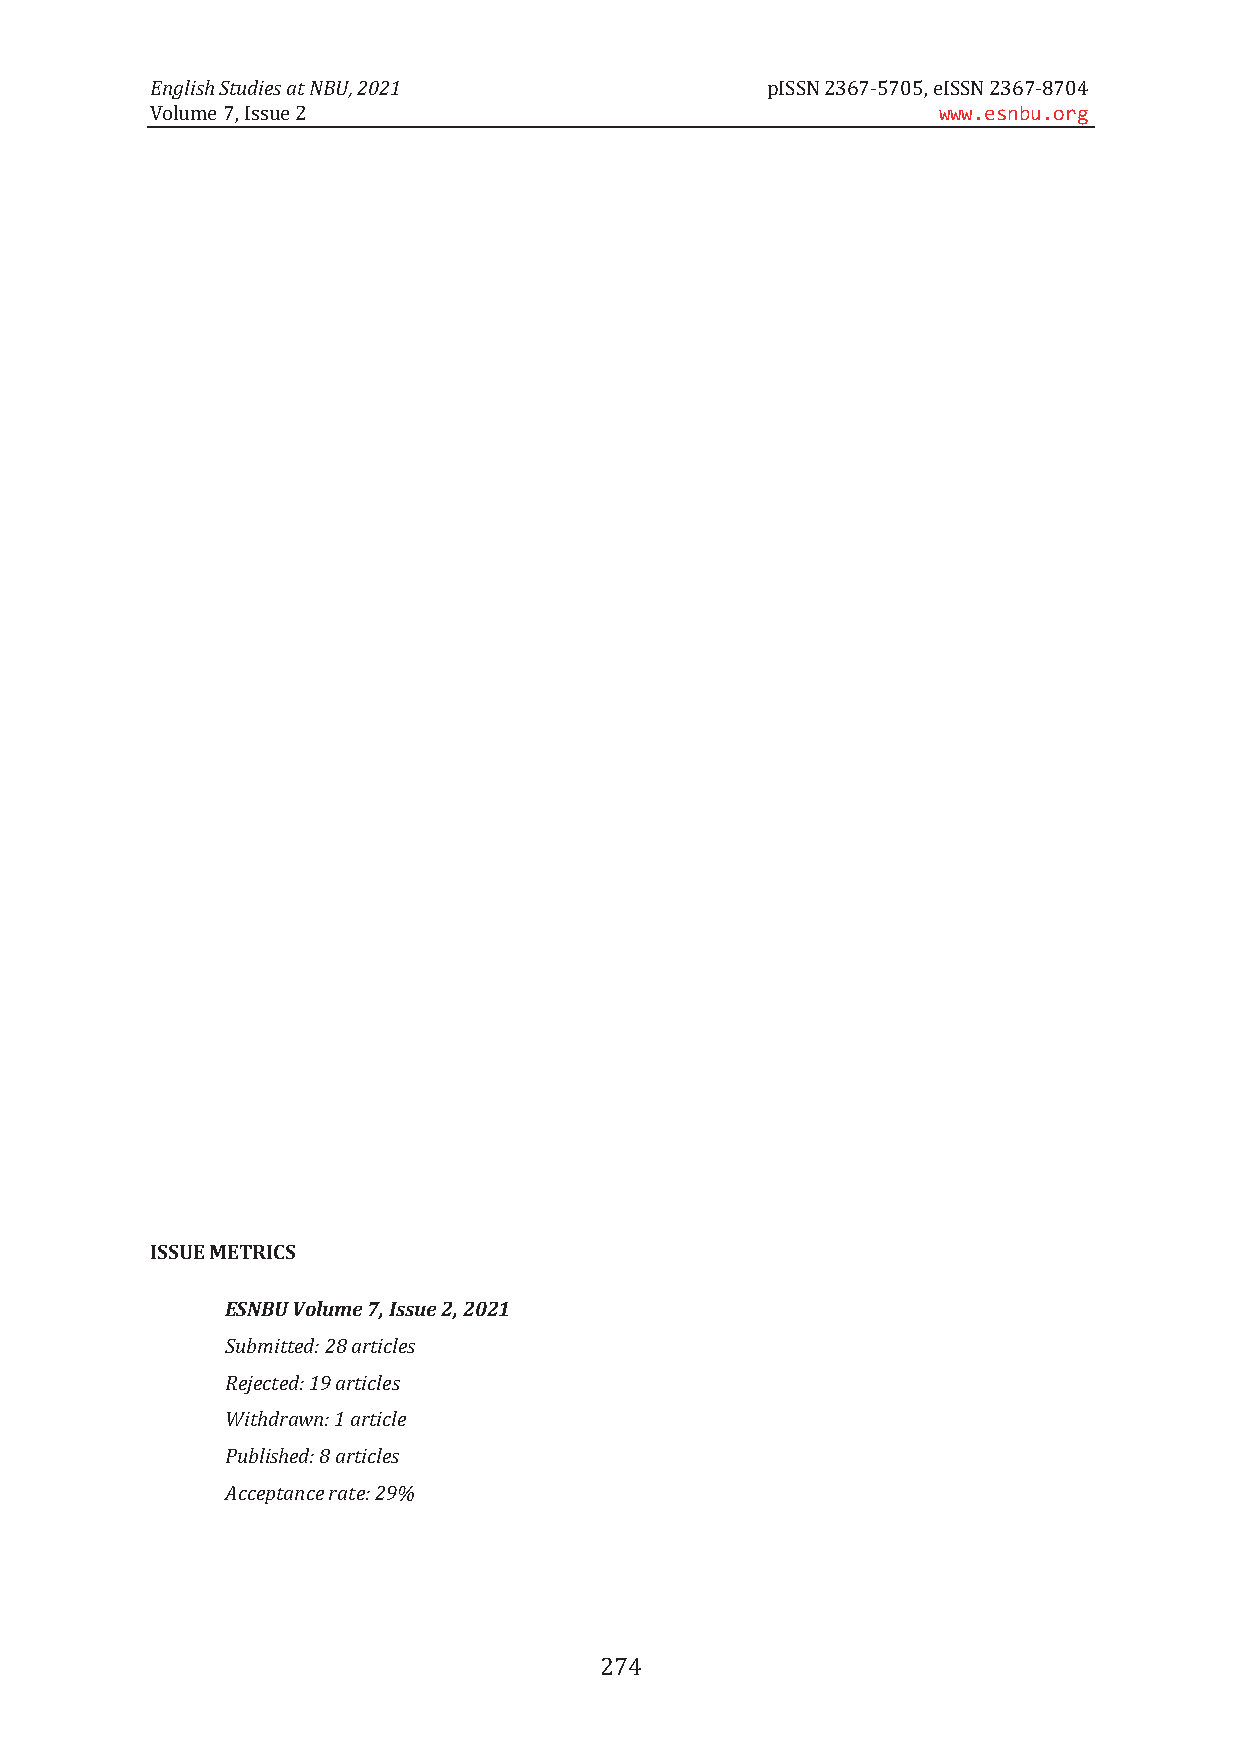
English Studies at NBU, 2021             pISSN 2367-5705, eISSN 2367-8704
 Volume 7, Issue 2                                   www.esnbu.org
 ISSUE METRICS
 ESNBU Volume 7, Issue 2, 2021
 Submitted: 28 articles
 Rejected: 19 articles
 Withdrawn: 1 article
 Published: 8 articles
 Acceptance rate: 29%
 274